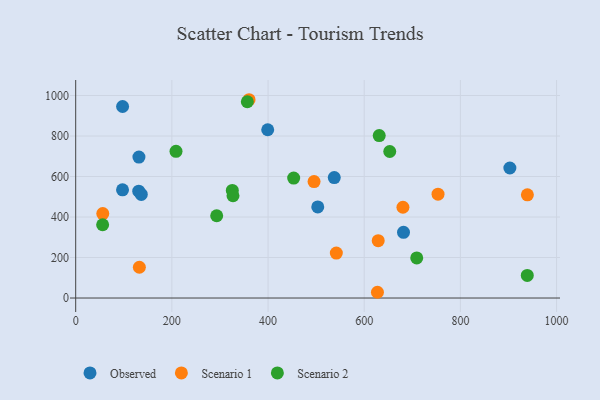
{"axis": {"x": "Speed", "y": "Profit"}, "legend": ["Observed", "Scenario 1", "Scenario 2"], "data": [{"x": "97.4", "y": 534.5, "type": "Observed"}, {"x": "131.1", "y": 527.9, "type": "Observed"}, {"x": "131.5", "y": 695.9, "type": "Observed"}, {"x": "97.5", "y": 945.8, "type": "Observed"}, {"x": "902.9", "y": 642.1, "type": "Observed"}, {"x": "503.4", "y": 449.9, "type": "Observed"}, {"x": "399.3", "y": 831.1, "type": "Observed"}, {"x": "681.7", "y": 324.4, "type": "Observed"}, {"x": "537.7", "y": 595.0, "type": "Observed"}, {"x": "136.4", "y": 511.7, "type": "Observed"}, {"x": "629.1", "y": 283.2, "type": "Scenario 1"}, {"x": "680.5", "y": 448.2, "type": "Scenario 1"}, {"x": "56.3", "y": 417.0, "type": "Scenario 1"}, {"x": "495.7", "y": 574.9, "type": "Scenario 1"}, {"x": "360.5", "y": 979.3, "type": "Scenario 1"}, {"x": "939.3", "y": 509.6, "type": "Scenario 1"}, {"x": "627.5", "y": 28.4, "type": "Scenario 1"}, {"x": "542.0", "y": 222.2, "type": "Scenario 1"}, {"x": "132.4", "y": 151.9, "type": "Scenario 1"}, {"x": "753.5", "y": 513.0, "type": "Scenario 1"}, {"x": "293.2", "y": 406.3, "type": "Scenario 2"}, {"x": "453.3", "y": 592.2, "type": "Scenario 2"}, {"x": "709.2", "y": 198.1, "type": "Scenario 2"}, {"x": "631.2", "y": 802.4, "type": "Scenario 2"}, {"x": "653.1", "y": 723.5, "type": "Scenario 2"}, {"x": "208.6", "y": 724.6, "type": "Scenario 2"}, {"x": "325.7", "y": 531.6, "type": "Scenario 2"}, {"x": "356.9", "y": 969.3, "type": "Scenario 2"}, {"x": "327.1", "y": 505.0, "type": "Scenario 2"}, {"x": "939.1", "y": 111.8, "type": "Scenario 2"}, {"x": "56.0", "y": 361.8, "type": "Scenario 2"}]}